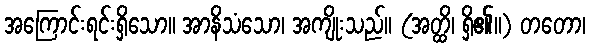
အကြောင်းရင်းရှိသော။ အာနိသံသော၊ အကျိုးသည်။ (အတ္ထိ၊ ရှိ၏။) တတော၊